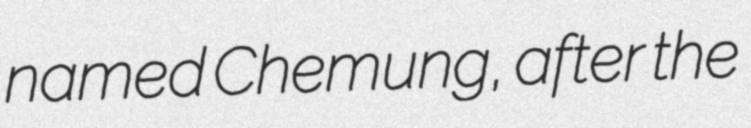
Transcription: named Chemung, after the